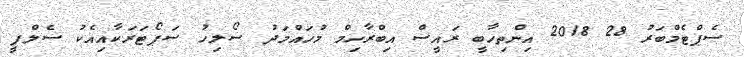
ސެޕްޓެމްބަރު 28 2018 އިންތިހާބީ ރައީސް އިބްރާހިމް މުހައްމަދު ސޯލިހު ސަޕޯޓަރަކާއިއެކު ސެލްފީ